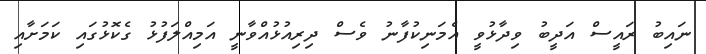
ނައިބު ރައީސް އަދީބު ވިދާޅުވީ އެމަނިކުފާނު ވެސް ދިރިއުޅުއްވާނީ އަމިއްލަފުޅު ގެކޮޅުގައި ކަމަށާއި